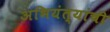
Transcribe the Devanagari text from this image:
अभियंत्यांची